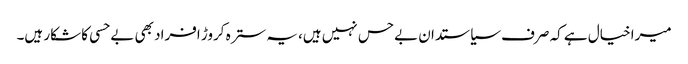
میرا خیال ہے کہ صرف سیاستدان بےحس نہیں ہیں، یہ سترہ کروڑ افراد بھی بےحسی کا شکار ہیں۔